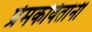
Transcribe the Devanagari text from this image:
प्रेमकवितांनी